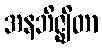
အနဘိဇ္ဈိတာ